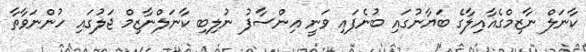
ކާނަލް ނާޒިމްގެއާއިލާގެ ބަޔާނުގައި ބުނެފައި ވަނީ އިންސާފު ނުލިބި ކާނަލްނާޒިމް ޖަލުގައި ހުންނަވާތާ